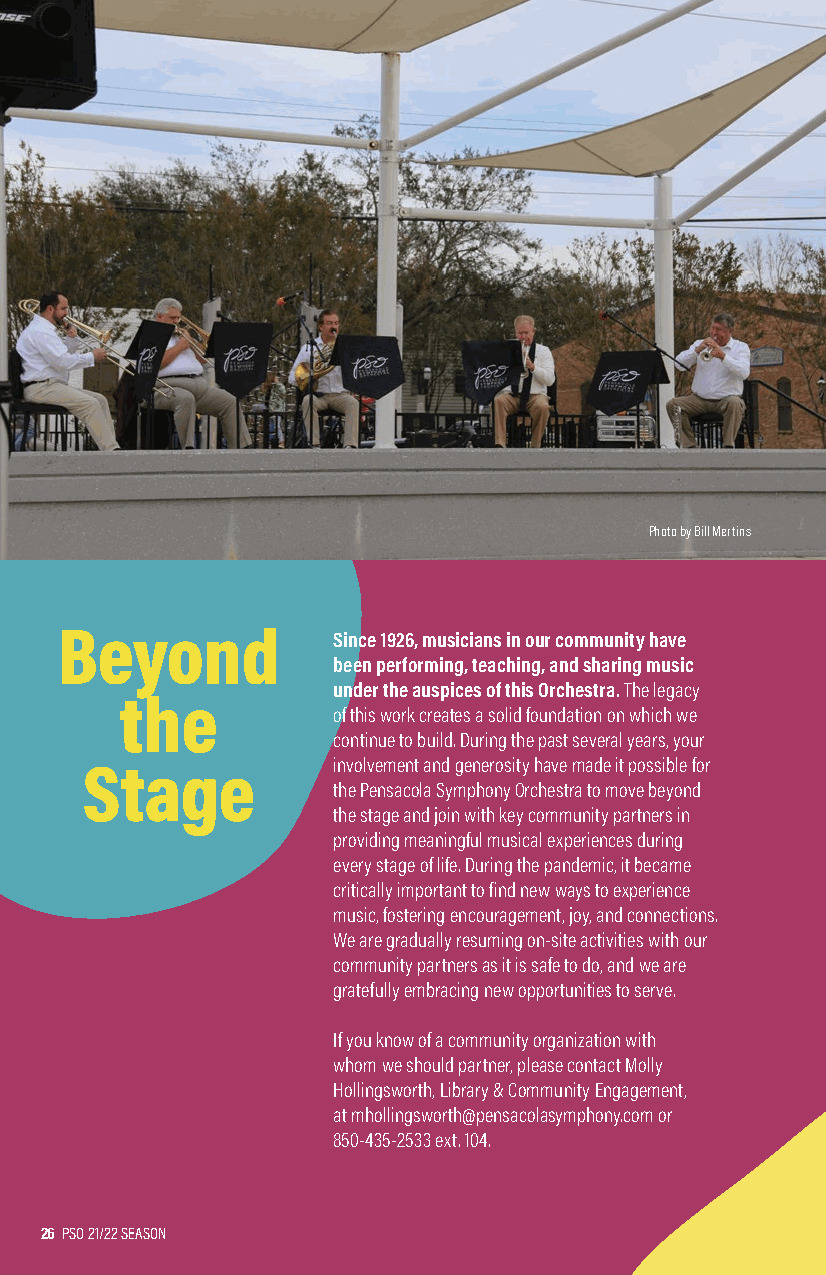
Photo by Bill Mertins
 Beyond            Since 1926, musicians in our community have
 been performing, teaching, and sharing music
 under the auspices of this Orchestra. The legacy
 the
 of this work creates a solid foundation on which we
 continue to build. During the past several years, your
 Stage            involvement and generosity have made it possible for
 the Pensacola Symphony Orchestra to move beyond
 the stage and join with key community partners in
 providing meaningful musical experiences during
 every stage of life. During the pandemic, it became
 critically important to find new ways to experience
 music, fostering encouragement, joy, and connections.
 We are gradually resuming on-site activities with our
 community partners as it is safe to do, and we are
 gratefully embracing new opportunities to serve.
 If you know of a community organization with
 whom we should partner, please contact Molly
 Hollingsworth, Library & Community Engagement,
 at mhollingsworth@pensacolasymphony.com or
 850-435-2533 ext. 104.
 26 PSO 21/22 SEASON